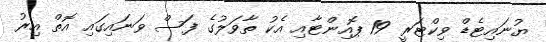
ޔުނައިޓެޑް ވިކްޓަރީ 19 ޕޮއިންޓާއި އެކު ތާވަލުގެ ފަސް ވަނައިގައި އޮތް އިރު